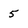
Character: 5